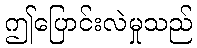
ဤပြောင်းလဲမှုသည်